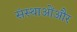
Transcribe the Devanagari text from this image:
संस्थाओंऔर